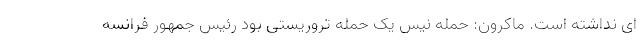
ای نداشته است. ماکرون: حمله نیس یک حمله تروریستی بود رئیس جمهور فرانسه